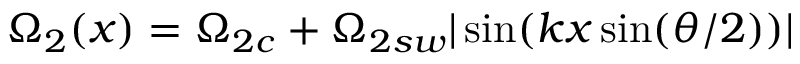
\Omega _ { 2 } ( x ) = \Omega _ { 2 c } + \Omega _ { 2 s w } | \sin ( k x \sin ( \theta / 2 ) ) |